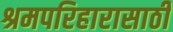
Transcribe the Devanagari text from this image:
श्रमपरिहारासाठी